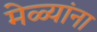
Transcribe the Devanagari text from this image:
मेळ्यांना